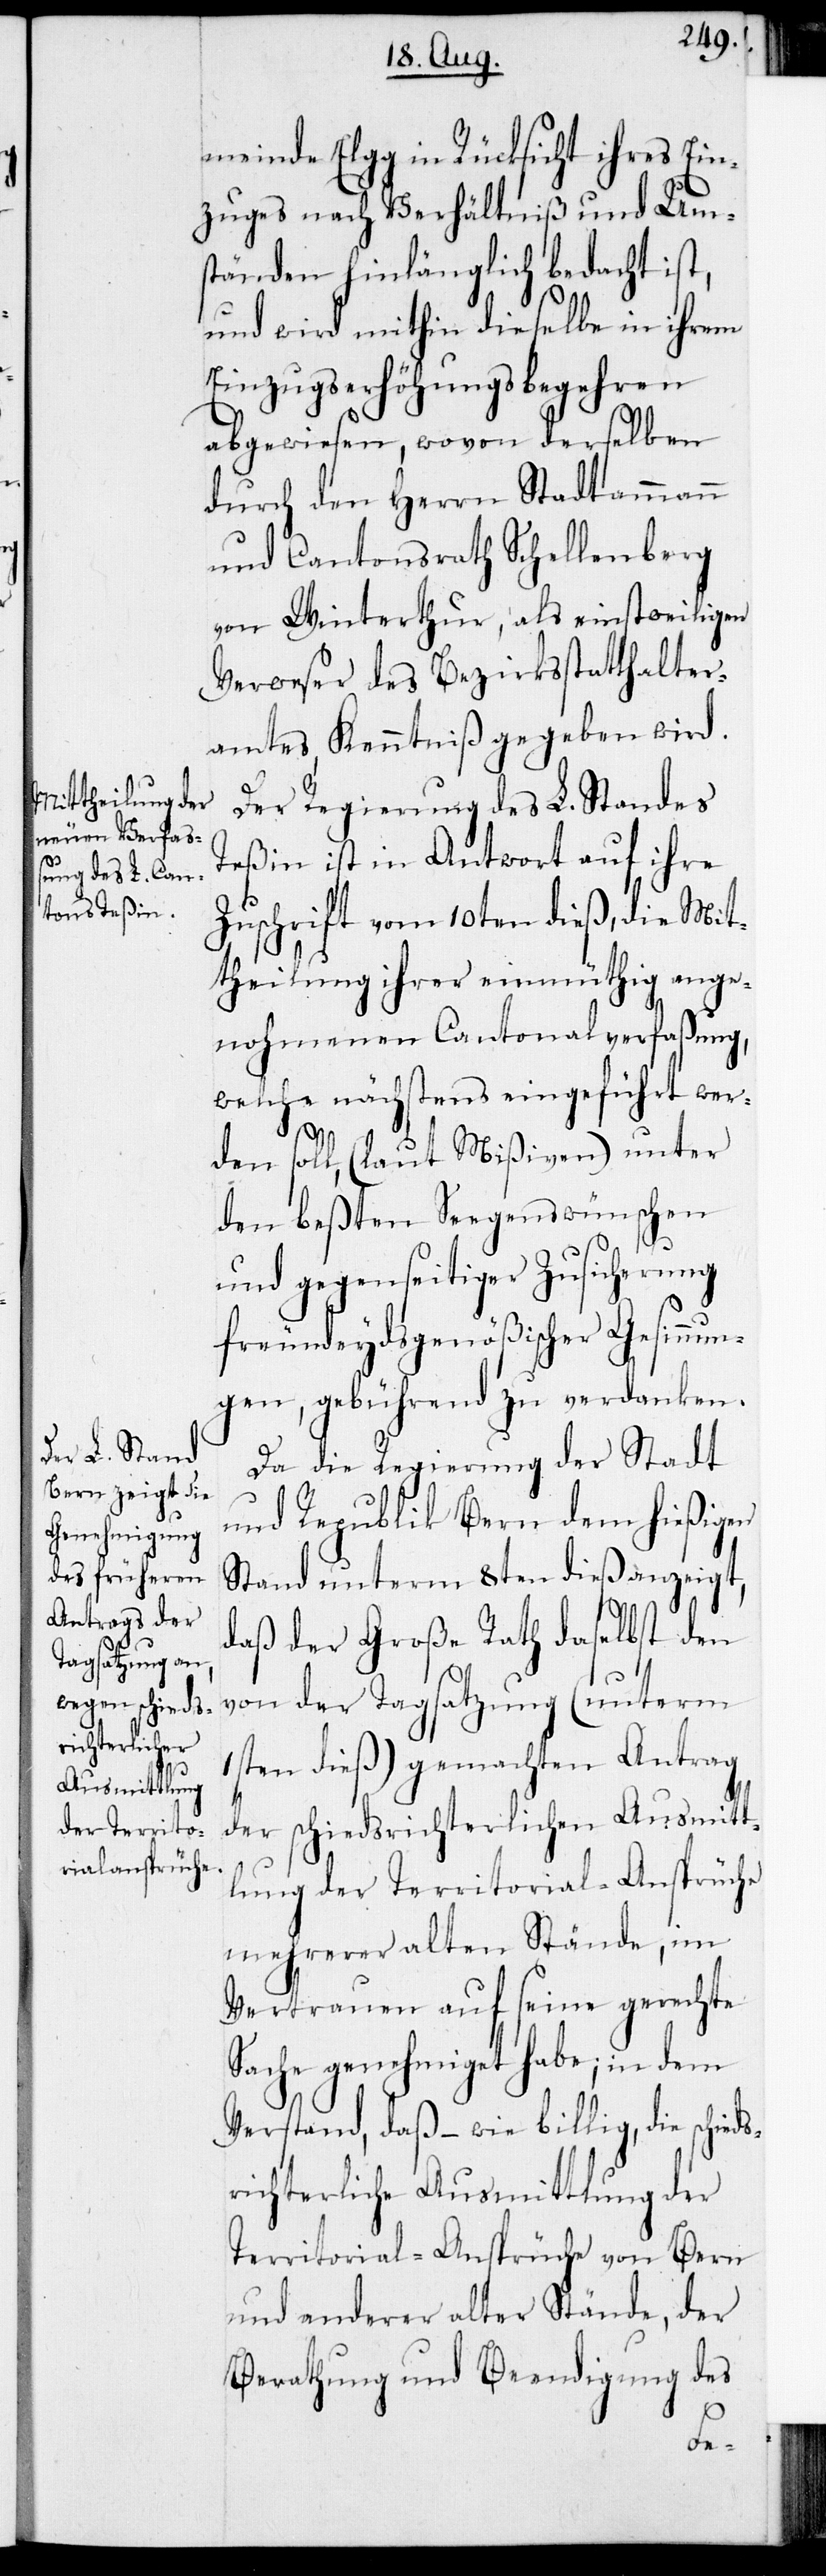
meinde Elgg in Rücksicht ihres Ein¬
zuges nach Verhältniß und Um¬
ständen hinlänglich bedacht ist,
und wird mithin dieselbe in ihrem
Einzugserhöhungsbegehren
abgewiesen, wovon derselben
durch den Herrn Stadtammann
und Cantonsrath Schellenberg
von Winterthur, als einstweiligen
Verweser des Bezirksstatthalter¬
amtes, Kenntniß gegeben wird.
Der Regierung des L. Standes
Teßin ist in Antwort auf ihre
Zuschrift vom 10ten dieß, die Mit¬
theilung ihrer einmüthig ange¬
nohmenen Cantonalverfaßung,
welche nächstens eingeführt wer¬
den soll (laut Mißiven) unter
den beßten Seegenswünschen
und gegenseitiger Zusicherung
freundeydsgenößischer Gesinnun¬
gen, gebührend zu verdanken.
Da die Regierung der Stadt
und Republik Bern dem hießigen
Stand unterm 8ten dieß anzeigt,
daß der Große Rath daselbst den
von der Tagsatzung (unterm
1sten dieß) gemachten Antrag
der schiedsrichterlichen Ausmitt¬
lung der Territorial-Ansprüche
mehrerer alten Stände, im
Vertrauen auf seine gerechte
Sache genehmiget habe; in dem
Verstand, daß – wie billig, die schied¬
richterliche Ausmittlung der
Territorial-Ansprüche von Bern
und anderer alter Stände, der
Berathung und Beendigung des
s¬